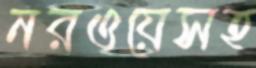
নরওয়েসহ